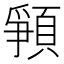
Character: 𩓞